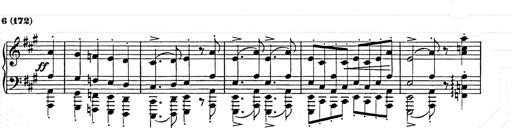
Title: Hungarian Rhapsody No.15
Composer: Franz Liszt
Key: A minor